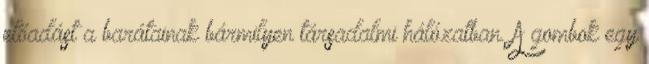
előadást a barátainak bármilyen társadalmi hálózatban. A gombok egy